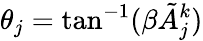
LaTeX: \theta_{j}=\tan^{-1}(\beta\tilde{A}_{j}^{k})